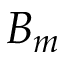
B _ { m }